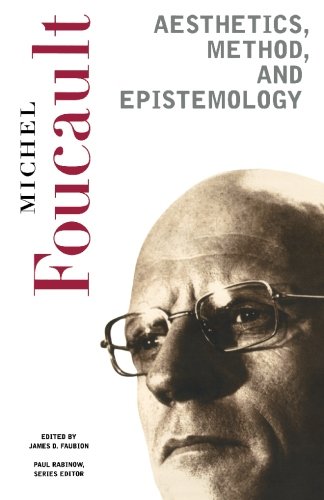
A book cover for Aesthetics, Method, and Epistemology (Essential Works of Foucault, 1954-1984, Vol. 2); Michel Foucault; Politics & Social Sciences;